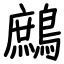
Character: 鷓